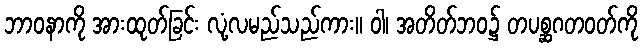
ဘာဝနာကို အားထုတ်ခြင်း လုံ့လမည်သည်ကား။ ဝါ၊ အတိတ်ဘဝ၌ တပစ္ဆဂတဝတ်ကို